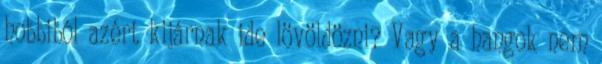
hobbiból azért kijárnak ide lövöldözni? Vagy a hangok nem